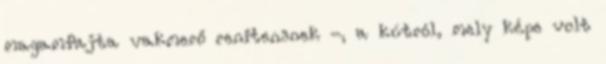
magamfajta vakmerő renitensnek -, a kútról, mely képe volt